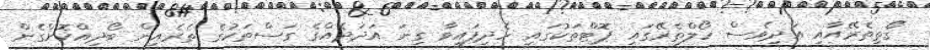
ގޯތިތެރޭއާއި އަދިވެސް ހޯލްތެރޭގައި ޕޮޓްތަކުގައި ހެދިފައިވާ ގިނަ އަދަދެއްގެ ގަސްތަކުގެ ތެރެއިން ބޯދިއްކޮށްގެން